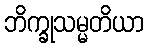
ဘိက္ခုသမ္မတိယာ